画像に写った文字を読んでください
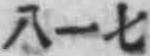
「八一七」と書いてあります